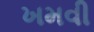
ખમવી